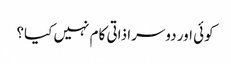
کوئی اور دوسرا ذاتی کام نہیں کیا؟